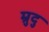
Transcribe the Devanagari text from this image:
म्रुदु